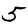
Digit: 5